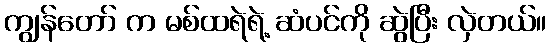
ကျွန်တော် က မစ်ထရဲရဲ့ ဆံပင်ကို ဆွဲပြီး လှဲတယ်။